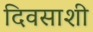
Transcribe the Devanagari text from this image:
दिवसाशी